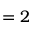
= 2